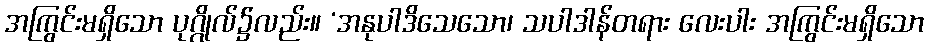
အကြွင်းမရှိသော ပုဂ္ဂိုလ်၌လည်း။ ‘အနုပါဒိသေသော၊ သပါဒါန်တရား လေးပါး အကြွင်းမရှိသော